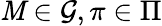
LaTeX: \mathit{M}\in\mathcal{G},\pi\in\Pi